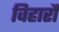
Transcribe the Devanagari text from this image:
विहारौं